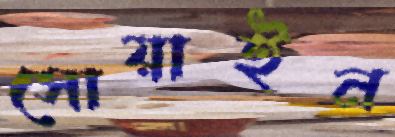
সোয়াইন